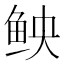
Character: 𫚐